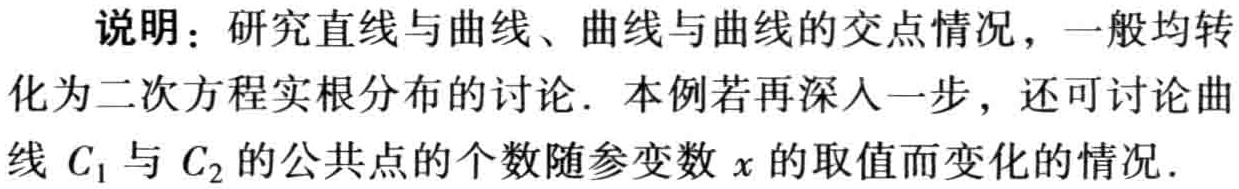
说明：研究直线与曲线、曲线与曲线的交点情况，一般均转化为二次方程实根分布的讨论. 本例若再深入一步，还可讨论曲线 \(C_1\) 与 \(C_2\) 的公共点的个数随参变数 \(x\) 的取值而变化的情况.